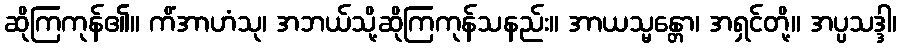
ဆိုကြကုန်၏။ ကိံအာဟံသု၊ အဘယ်သို့ဆိုကြကုန်သနည်း။ အာယသ္မန္တော၊ အရှင်တို့။ အပ္ပသဒ္ဒါ၊